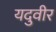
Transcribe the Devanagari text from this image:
यदुवीर